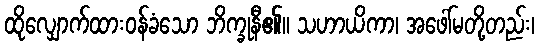
ထိုလျှောက်ထားဝန်ခံသော ဘိက္ခုနီ၏။ သဟာယိကာ၊ အဖေါ်မတို့တည်း၊